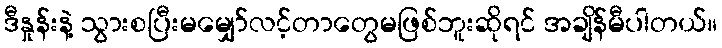
ဒီနှုန်းနဲ့ သွားစပြီးမမျှော်လင့်တာတွေမဖြစ်ဘူးဆိုရင် အချိန်မီပါတယ်။